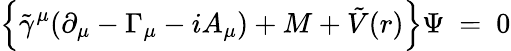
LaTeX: \left\{ {\tilde{\gamma}}^{\mu}(\partial_{\mu}-\Gamma_{\mu}-iA_{\mu})+{M}+\tilde{V}(r)\right\} \Psi~=~0